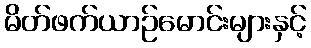
မိတ်ဖက်ယာဉ်မောင်းများနှင့်